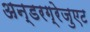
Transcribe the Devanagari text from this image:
अन्डरग्रेजुएट